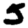
Digit: 5